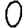
Digit: 0